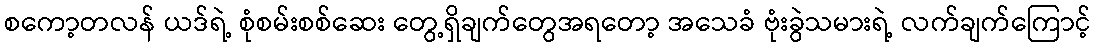
စကော့တလန် ယဒ်ရဲ့ စုံစမ်းစစ်ဆေး တွေ့ရှိချက်တွေအရတော့ အသေခံ ဗုံးခွဲသမားရဲ့ လက်ချက်ကြောင့်